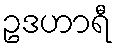
ဥဒဟာရီ